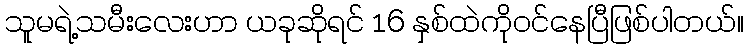
သူမရဲ့သမီးလေးဟာ ယခုဆိုရင် 16 နှစ်ထဲကိုဝင်နေပြီဖြစ်ပါတယ်။